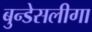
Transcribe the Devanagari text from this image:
बुन्डेसलीगा